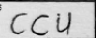
Transcription: CCU